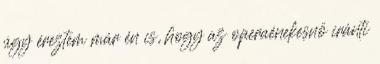
úgy éreztem már én is, hogy az operaénekesnő iránti